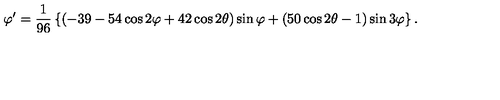
\varphi ^ { \prime } = { \frac { 1 } { 9 6 } } \left\{ ( - 3 9 - 5 4 \cos 2 \varphi + 4 2 \cos 2 \theta ) \sin \varphi + ( 5 0 \cos 2 \theta - 1 ) \sin 3 \varphi \right\} .